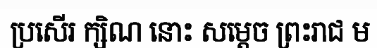
ប្រសើរ ក្សិណ នោះ សម្តេច ព្រះរាជ ម